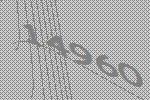
14960